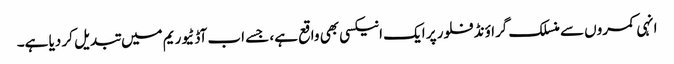
انہی کمروں سے منسلک گراؤنڈ فلور پر ایک انیکسی بھی واقع ہے، جسے اب آڈٹیوریم میں تبدیل کر دیا ہے۔